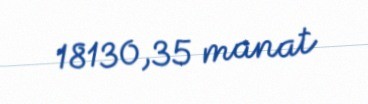
18130,35 manat